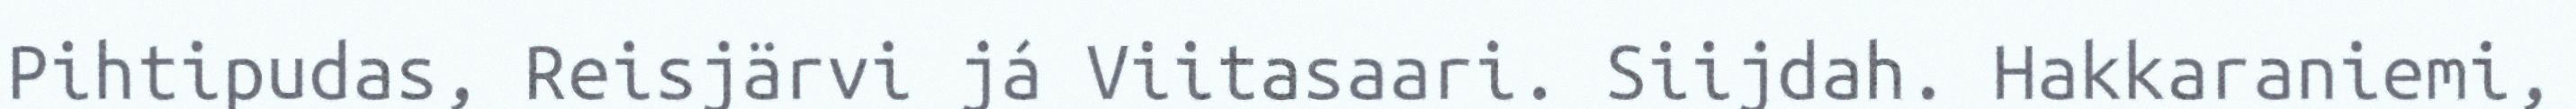
Pihtipudas, Reisjärvi já Viitasaari. Siijdah. Hakkaraniemi,